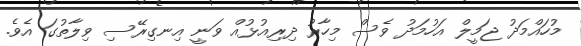
މުހައްމަދު ޖަމީލް އަހުމަދު ވެސް މިހާރު ދިރިއުޅުއް ވަނީ އިނގިރޭސި ވިލާތުގަ އެވެ.